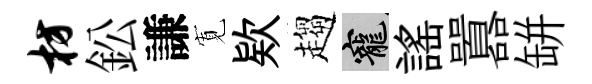
枋鈆謙𡩖欵趨寵謡囂缾